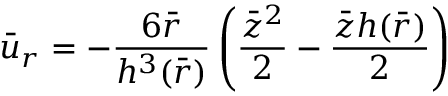
{ \bar { u } } _ { r } = - \frac { 6 \bar { r } } { { h ^ { 3 } ( \bar { r } ) } } \left( \frac { { \bar { z } } ^ { 2 } } { 2 } - \frac { \bar { z } h ( \bar { r } ) } { 2 } \right)